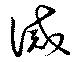
誡